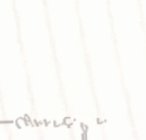
نحن نبيع وتوزع منتجات الع